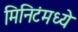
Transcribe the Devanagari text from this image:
मिनिटंमध्ये